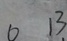
0 1 3